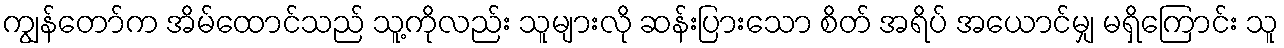
ကျွန်တော်က အိမ်ထောင်သည် သူ့ကိုလည်း သူများလို ဆန်းပြားသော စိတ် အရိပ် အယောင်မျှ မရှိကြောင်း သူ